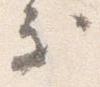
処